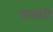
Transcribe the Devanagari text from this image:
परमोरी